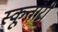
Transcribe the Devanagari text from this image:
स्कूतारी